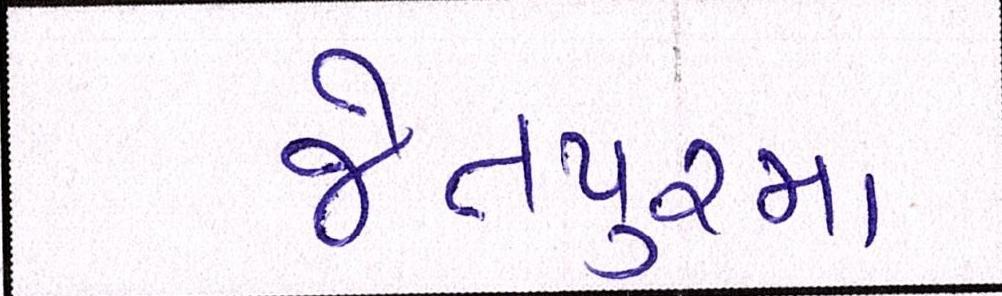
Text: જેતપુરમાં